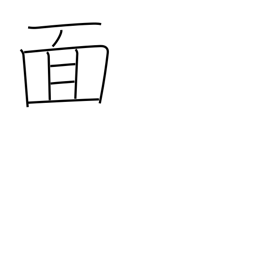
Meaning: mask